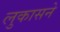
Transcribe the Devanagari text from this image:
लुकासने